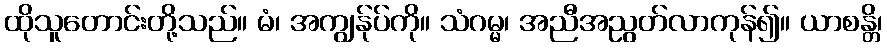
ထိုသူတောင်းတို့သည်။ မံ၊ အကျွန်ုပ်ကို။ သံဂမ္မ၊ အညီအညွတ်လာကုန်၍။ ယာစန္တိ၊